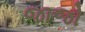
જાજો